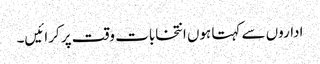
اداروں سے کہتا ہوں انتخابات وقت پر کرائیں۔